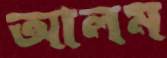
আলম